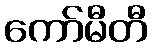
ကော်မီတီ